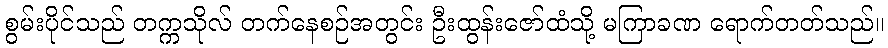
စွမ်းပိုင်သည် တက္ကသိုလ် တက်နေစဉ်အတွင်း ဦးထွန်းဇော်ထံသို့ မကြာခဏ ရောက်တတ်သည်။